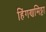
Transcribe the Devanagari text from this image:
हिंगणमिट्टा